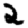
Digit: 2